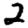
Digit: 2